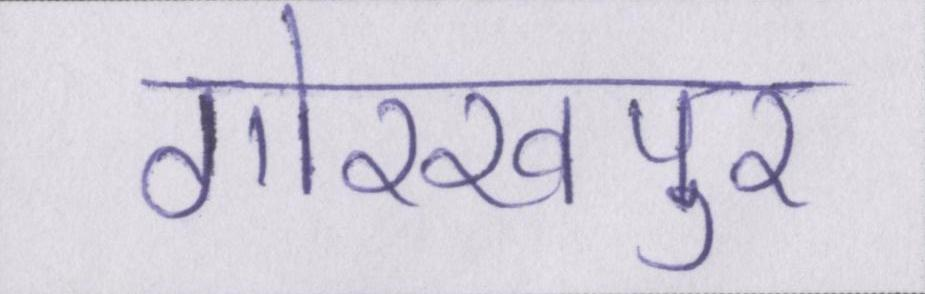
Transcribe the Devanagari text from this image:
गोरखपुर